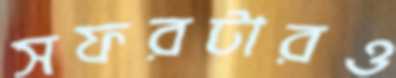
সফরটারও